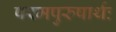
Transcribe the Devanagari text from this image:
परमपुरुषार्थः